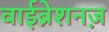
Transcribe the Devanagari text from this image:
वाईब्रेशनज़